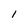
Character: l